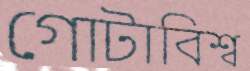
গোটাবিশ্ব